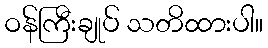
ဝန်ကြီးချုပ် သတိထားပါ။